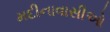
મદીનાવાસીઓ